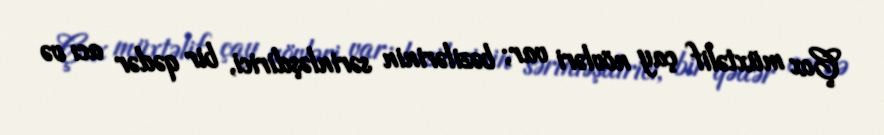
Çox müxtəlif çay növləri var; bəzilərinin sərinləşdirici, bir qədər acı və